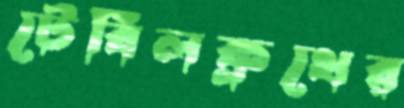
টেবিলক্লথের